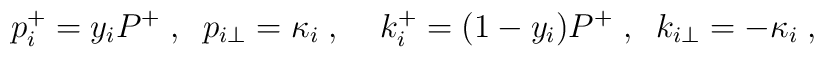
p_i^+=y_i P^+ \;,\;\;p_{i\perp}=\kappa_i \;,\;\;\;\;k_i^+=(1-y_i)P^+\;,\;\;k_{i\perp}=-\kappa_i \;,